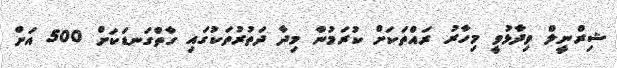
ޝިރްނީލް ވިދާޅުވީ މިހާރު ރައްތަކަށް ކުރަމުން މިދާ ދަތުރުތަކުގައި ގާތްގަނޑަކަށް 500 އަށް